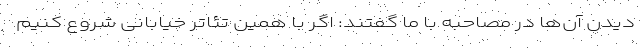
دیدن آن‌ها در مصاحبه با ما گفتند: اگر با همین تئاتر خیابانی شروع کنیم